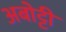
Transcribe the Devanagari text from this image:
अबोट्टी